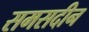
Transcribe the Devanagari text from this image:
समसदीन